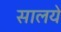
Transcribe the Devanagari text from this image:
सालये